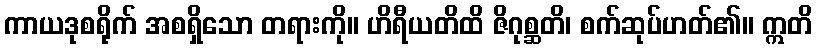
ကာယဒုစရိုက် အစရှိသော တရားကို။ ဟိရီယတိထိ ဇိဂုစ္ဆတိ၊ စက်ဆုပ်ဟတ်၏။ ဣတိ